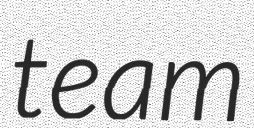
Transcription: team